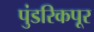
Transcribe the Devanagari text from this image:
पुंडरिकपूर